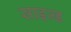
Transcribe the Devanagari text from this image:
साइज्ड